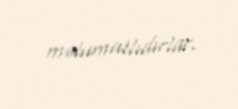
məlumatlıdırlar.